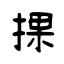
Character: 捰